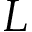
L